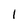
Character: l